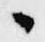
々